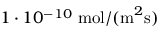
1 \cdot 1 0 ^ { - 1 0 } \; \mathrm { m o l / ( m } ^ { 2 } \mathrm { s ) }